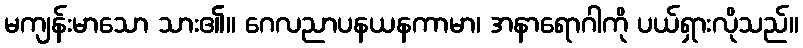
မကျန်းမာသော သား၏။ ဂေလညာပနယနကာမာ၊ အနာရောဂါကို ပယ်ရှားလိုသည်။